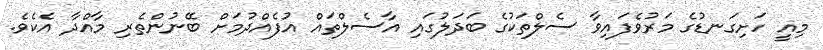
މިއީ ހަށިގަނޑުގެ މަރުވެފައިވާ ސެލްތަކުގެ ބަދަލުގައި އާސެލްތައް އުފެއްދުމަށް ބޭނުންތެރި މާއްދާ އެކެވެ.